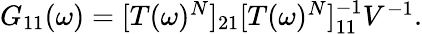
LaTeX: \begin{array}{r}{G_{11}(\omega)=[T(\omega)^{N}]_{21}[T(\omega)^{N}]_{11}^{-1}V^{-1}.}\end{array}